Lunatic asylums Madras 1877-1891 - 1877-1891
Year: 1877
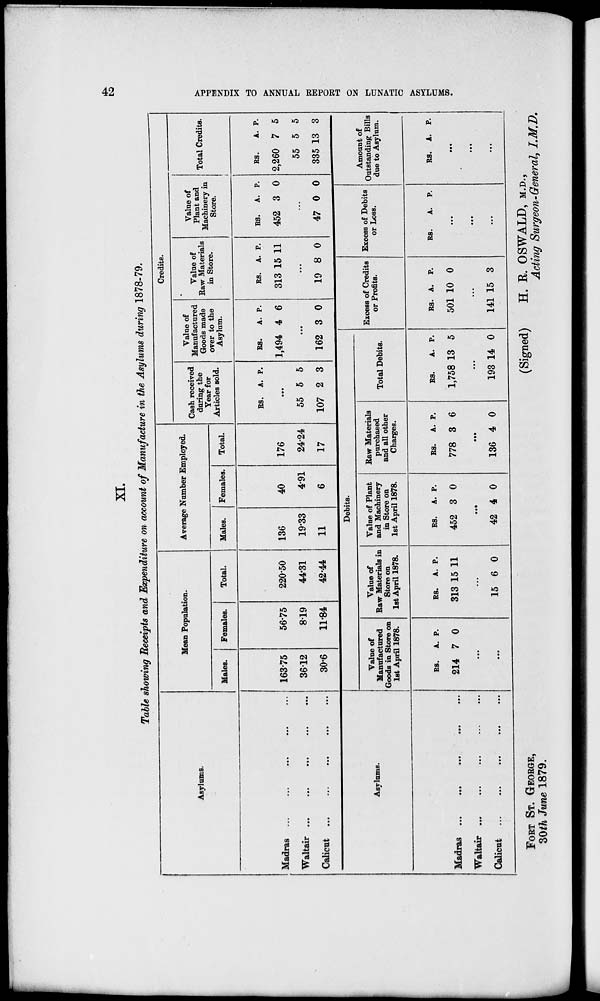
42
APPENDIX TO ANNUAL REPORT ON LUNATIC ASYLUMS.
XI.
Table showing Receipts and Expenditure on account of Manufacture in the Asylums during 1878-79.
Asylums.
Madras ... ... ... ... ...
Waltair ... ... ... ... ...
Calicut ... ... ... ... ...
Mean Population.
Males.
163.75
36.12
30.6
Females.
56.75
8.19
11.84
Total.
220.50
44.31
42.44
Average Number Employed.
Males.
136
19.33
11
Females.
40
4.91
6
Total.
176
24.24
17
Credits.
Cash received
during the
Year for
Articles sold.
Rs.
A. P.
...
55
107
5
2
5
3
Value of
Manufactured
Goods made
over to the
Asylum.
Rs.
1,494
A.
4
P.
6
...
162 3 0
Value of
Raw Materials
in Store.
Rs.
313
A.
15
P.
11
...
19 8 0
Value of
Plant and
Machinery in
Store.
Rs.
452
A.
3
P.
0
...
47 0 0
Total Credits.
Rs.
2,260
55
335
A.
7
5
13
P.
5
5
3
Asylums.
Madras
...
...
...
...
...
Waltair ... ... ... ... ...
Calicut ... ... ... ... ...
Debits.
Value of
Manufactured
Goods in Store on
1st April 1878.
Rs.
214
A.
7
P.
0
...
...
Value of
Raw Materials in
Store on
1st April 1878.
Rs.
313
A.
15
P.
11
...
15 6 0
Value of Plant
and Machinery
in Store on
1st April 1878.
Rs.
452
A.
3
P.
0
...
42 4 0
Raw Materials
purchased
and all other
Charges.
Rs.
778
A.
3
P.
6
...
136 4 0
Total Debits.
Rs.
1,758
A.
13
P.
5
...
193 14 0
Excess of Credits
or Profits.
Rs.
501
A.
10
P.
0
...
141 15 3
Excess of Debits
or Loss.
Rs.
A. P.
...
...
...
Amount of
Outstanding Bills
due to Asylum.
Rs.
A. P.
...
...
...
FORT ST. GEORGE,
30th June 1879.
(Signed)
H. R. OSWALD, M.D.,
Acting Surgeon-General, I.M.D.